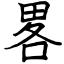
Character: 畧